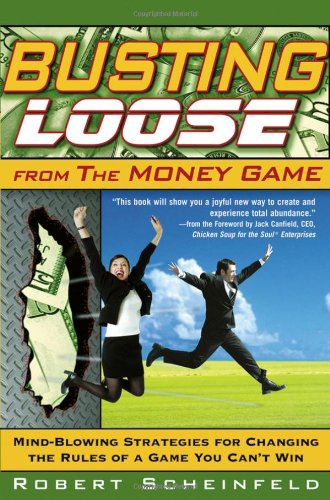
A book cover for Busting Loose From the Money Game: Mind-Blowing Strategies for Changing the Rules of a Game You Can't Win; Robert Scheinfeld; Business & Money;